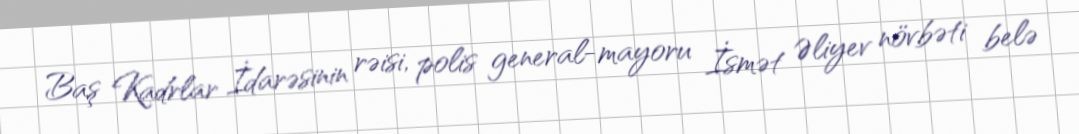
Baş Kadrlar İdarəsinin rəisi, polis general-mayoru İsmət Əliyev növbəti belə